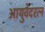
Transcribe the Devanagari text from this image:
आयुर्वेदरत्न